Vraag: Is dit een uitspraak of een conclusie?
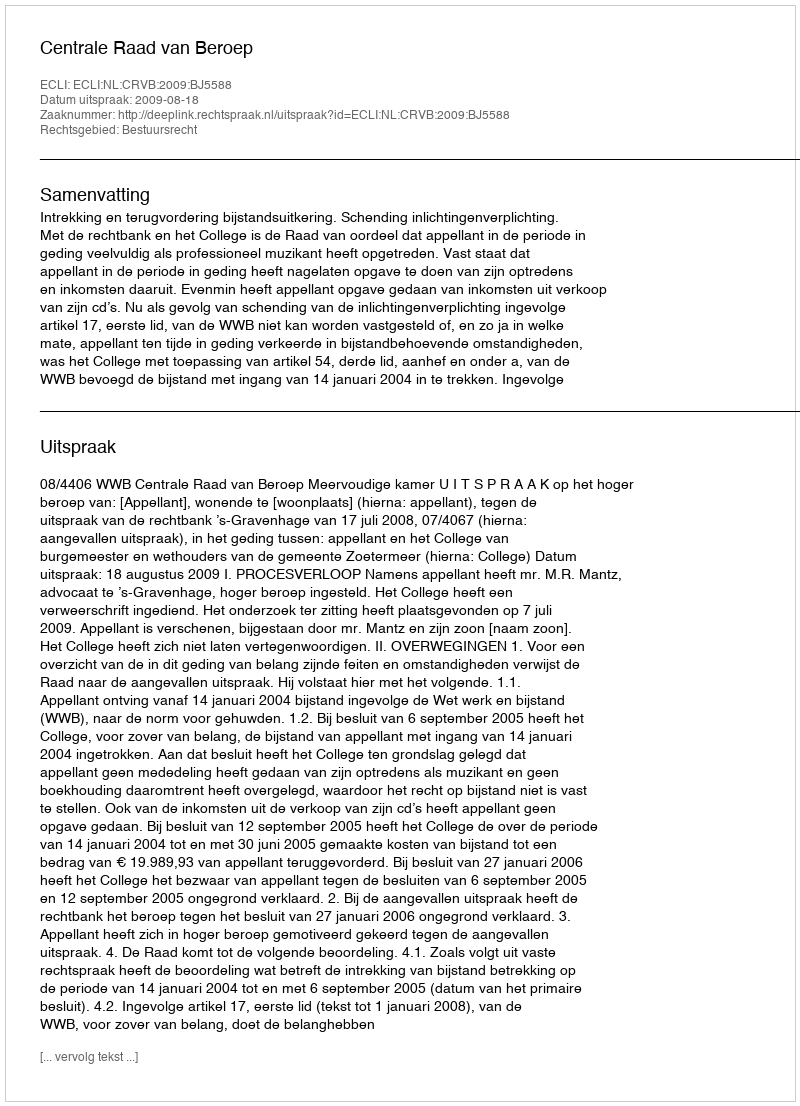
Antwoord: Uitspraak